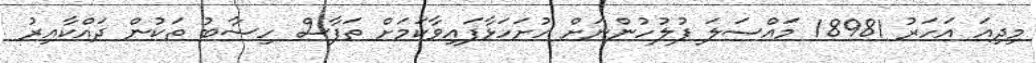
މިދިއަ އަހަރު 18981 މައްސަލަ ފުލުހުންނަށް ހުށަހަޅާފައިވާކަމަށް ތަފާސް ހިސާބު ތަކުން ދައްކާއިރު